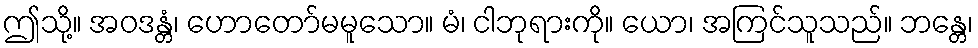
ဤသို့။ အဝဒန္တံ၊ ဟောတော်မမူသော။ မံ၊ ငါဘုရားကို။ ယော၊ အကြင်သူသည်။ ဘန္တေ၊